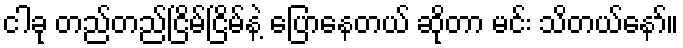
ငါခု တည်တည်ငြိမ်ငြိမ်နဲ့ ပြောနေတယ် ဆိုတာ မင်း သိတယ်နော်။